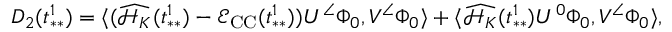
\begin{array} { r } { D _ { 2 } ( t _ { * * } ^ { 1 } ) = \langle ( \widehat { \mathcal { H } _ { K } } ( t _ { * * } ^ { 1 } ) - \mathcal { E } _ { \mathrm { C C } } ( t _ { * * } ^ { 1 } ) ) U ^ { \angle } \Phi _ { 0 } , V ^ { \angle } \Phi _ { 0 } \rangle + \langle \widehat { \mathcal { H } _ { K } } ( t _ { * * } ^ { 1 } ) U ^ { 0 } \Phi _ { 0 } , V ^ { \angle } \Phi _ { 0 } \rangle , } \end{array}